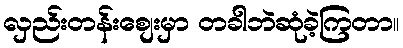
လှည်းတန်းစျေးမှာ တခါဘဲဆုံခဲ့ကြတာ။